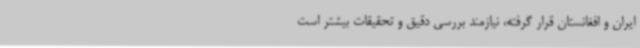
ایران و افغانستان قرار گرفته، نیازمند بررسی دقیق و تحقیقات بیشتر است